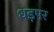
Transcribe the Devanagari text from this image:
धड़पर